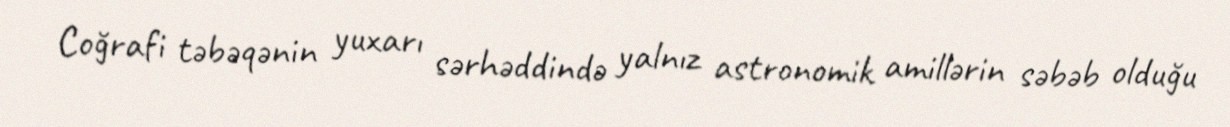
Coğrafi təbəqənin yuxarı sərhəddində yalnız astronomik amillərin səbəb olduğu